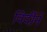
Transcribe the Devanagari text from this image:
विर्दीने